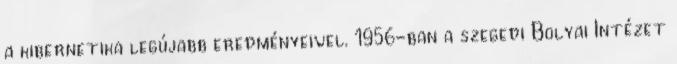
a kibernetika legújabb eredményeivel. 1956-ban a szegedi Bolyai Intézet